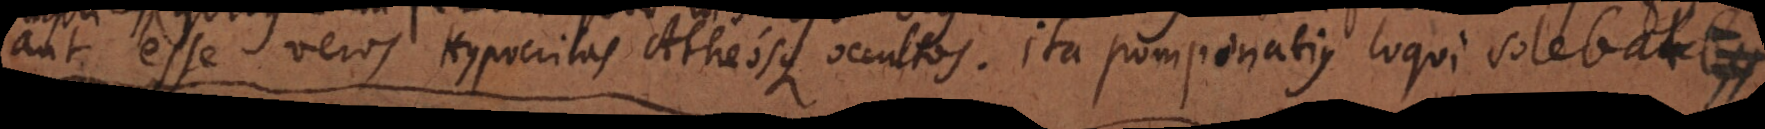
aut esse veros Hypocritas Atheosque occultos. Ita Pomponatius loqui solebat